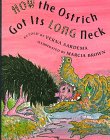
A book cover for How the Ostrich Got Its Long Neck: A Tale from the Akamba of Kenya; Verna Aardema; Children's Books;